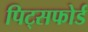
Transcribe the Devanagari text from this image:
पिट्सफोर्ड